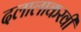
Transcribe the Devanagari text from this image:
दलालाकरवी